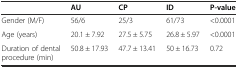
<table><thead><tr><td></td><td><b>AU</b></td><td><b>CP</b></td><td><b>ID</b></td><td><b>P-value</b></td></tr></thead><tbody><tr><td>Gender (M/F)</td><td>56/6</td><td>25/3</td><td>61/73</td><td>&lt;0.0001</td></tr><tr><td>Age (years)</td><td>20.1 ± 7.92</td><td>27.5 ± 5.75</td><td>26.8 ± 5.97</td><td>&lt;0.0001</td></tr><tr><td>Duration of dental procedure (min)</td><td>50.8 ± 17.93</td><td>47.7 ± 13.41</td><td>50 ± 16.73</td><td>0.72</td></tr></tbody></table>